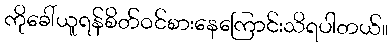
ကိုခေါ်ယူရန်စိတ်ဝင်စားနေကြောင်းသိရပါတယ်။